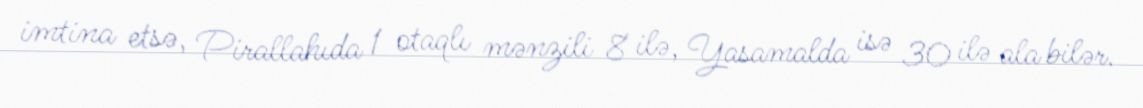
imtina etsə, Pirallahıda 1 otaqlı mənzili 8 ilə, Yasamalda isə 30 ilə ala bilər.